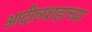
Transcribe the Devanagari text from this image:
आदीलशहाच्या